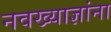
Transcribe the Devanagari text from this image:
नवख्याज्ञांना